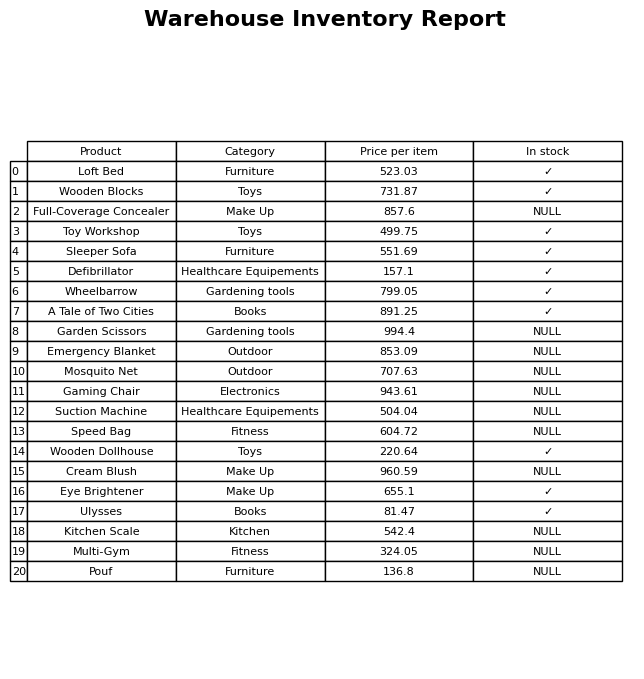
question: What is the price for Kitchen Scale?
answer: The price of Kitchen Scale is 542.4.